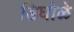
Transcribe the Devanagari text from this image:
डिघोळे